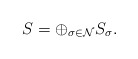
\begin{align*}S=\oplus_{\sigma\in \mathcal{N}}S_{\sigma}.\end{align*}